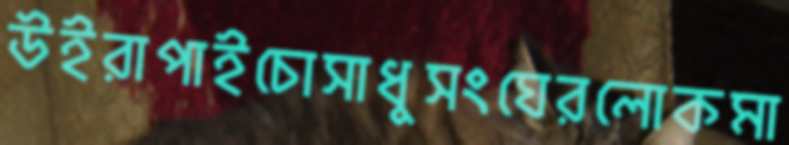
উইরাপাইচোসাধুসংঘেরলোকমা